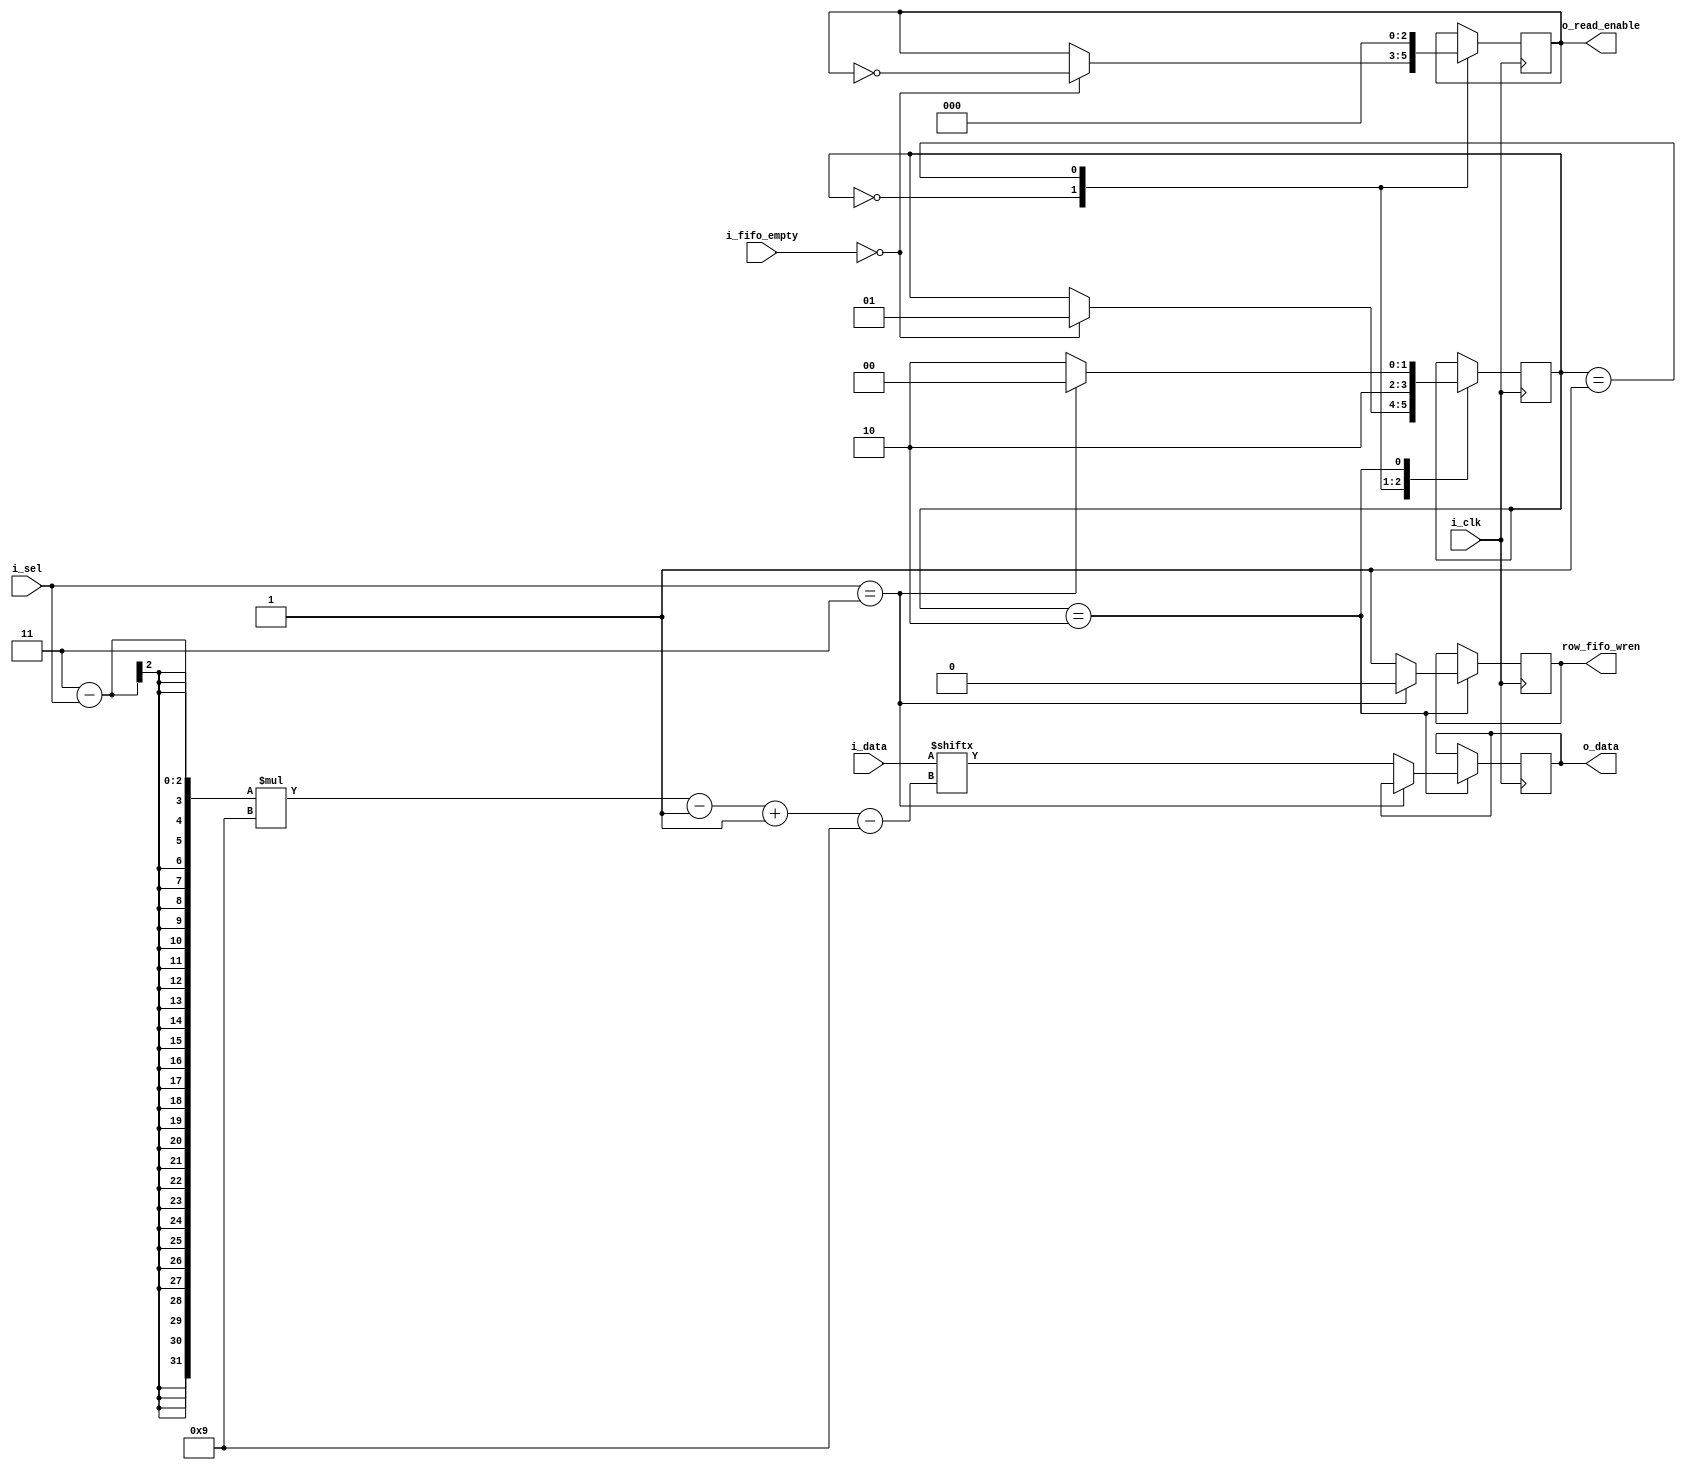
module row_fifo_data#(
    parameter ROW = 3
)(
    input i_clk,
    input [(9 * ROW) -1:0] i_data,
    input [($clog2(ROW))-1:0] i_sel,
    input [ROW-1:0] i_fifo_empty,
    output [8:0] o_data,
    output [ROW-1:0] o_read_enable,
    output reg row_fifo_wren = 0
);

reg [8:0] data = 0;
reg [1:0] state = 0;
reg [ROW-1:0] rden = 0;

assign o_data = data;
assign o_read_enable = rden;

always @(posedge i_clk)begin
    case(state)
        0: begin
            data <= data;
            if(i_fifo_empty == 0)begin
                state <= 1;
                rden <= ~rden;
            end
        end
        
        1: begin
            rden <= 0;
            state <= 2;
        end
        
        2: begin
            if(i_sel == ROW)begin
                state <= 0;
                row_fifo_wren <= 1'b0;
            end else begin
                data <= i_data[(((ROW - i_sel) * 9)-1) -: 9];
                state <= 2;
                row_fifo_wren <= 1'b1;
            end
        end
    endcase
end

endmodule